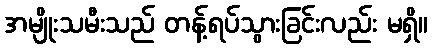
အမျိုးသမီးသည် တန့်ရပ်သွားခြင်းလည်း မရှိ။